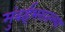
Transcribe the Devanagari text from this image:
मुंबईभरातल्या